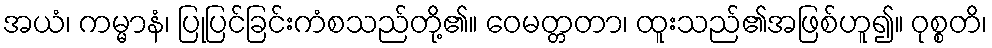
အယံ၊ ကမ္မာနံ၊ ပြုပြင်ခြင်းကံစသည်တို့၏။ ဝေမတ္တတာ၊ ထူးသည်၏အဖြစ်ဟူ၍။ ဝုစ္စတိ၊